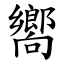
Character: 嚮